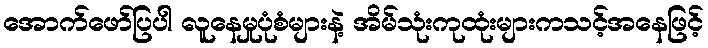
အောက်ဖော်ပြပါ လူနေမှုပုံစံများနဲ့ အိမ်သုံးကုထုံးများကသင့်အနေဖြင့်